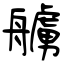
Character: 艣